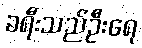
ခရီးသည်ဦးရေ